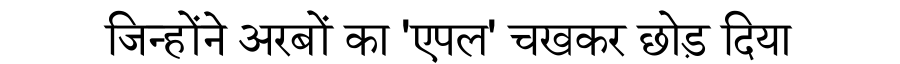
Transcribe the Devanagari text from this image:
जिन्होंने अरबों का 'एपल' चखकर छोड़ दिया